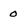
Character: 0